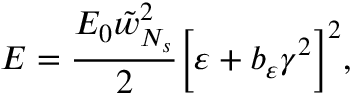
E = \frac { E _ { 0 } \tilde { w } _ { N _ { s } } ^ { 2 } } { 2 } \Big [ \varepsilon + b _ { \varepsilon } \gamma ^ { 2 } \Big ] ^ { 2 } ,